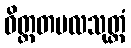
ဝိတ္ထတဗလသုတ္တံ